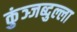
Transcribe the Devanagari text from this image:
कुंञ्जब्दुल्ला